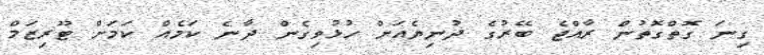
ގިނަ ގޮތްގޮތުން ރާއްޖެ ބޭރުގެ ދުނިޔެއަށް ހުޅުވިގެން ދާނެ ކަމެއް ކަމަށް ޓޫރިޒަމް